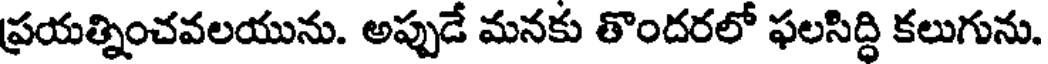
ప్రయత్నించవలయును. అప్పుడే మనకు తొందరలో ఫలసిద్ది కలుగును.